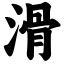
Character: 滑